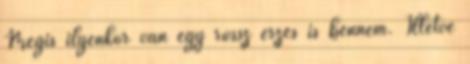
Mégis ilyenkor van egy rossz érzés is bennem. Illetve